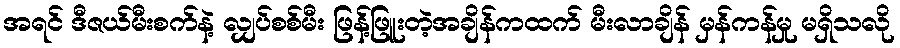
အရင် ဒီဇယ်မီးစက်နဲ့ လျှပ်စစ်မီး ဖြန့်ဖြူးတဲ့အချိန်ကထက် မီးလာချိန် မှန်ကန်မှု မရှိသလို